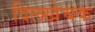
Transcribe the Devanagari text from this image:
दिलखेचक